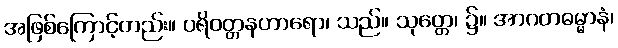
အဖြစ်ကြောင့်တည်း။ ပရိဝတ္တနဟာရော၊ သည်။ သုတ္တေ၊ ၌။ အာဂတဓမ္မာနံ၊